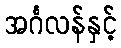
အင်္ဂလန်နှင့်